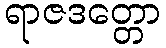
ရာဇဒတ္တော